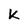
Character: k